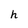
Character: h